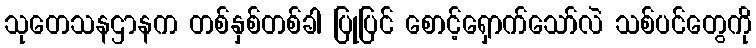
သုတေသနဌာနက တစ်နှစ်တစ်ခါ ပြုပြင် စောင့်ရှောက်သော်လဲ သစ်ပင်တွေကို